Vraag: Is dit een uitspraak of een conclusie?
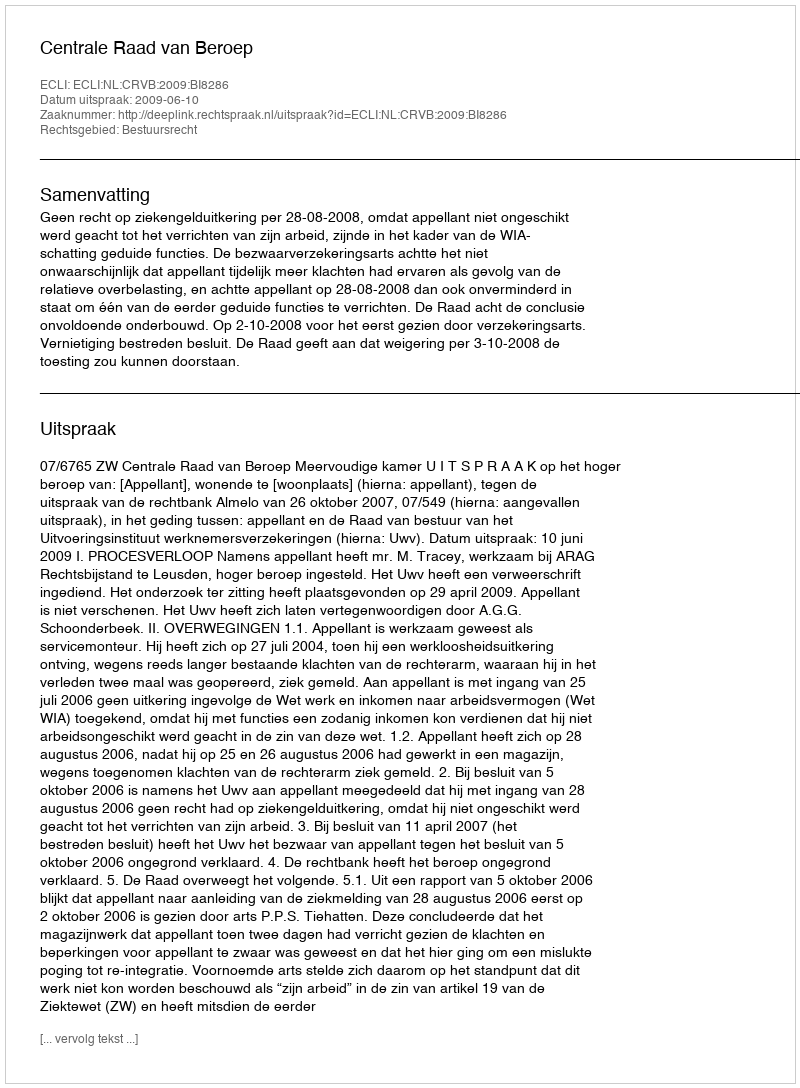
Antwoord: Uitspraak